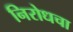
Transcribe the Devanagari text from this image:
निरोधचा